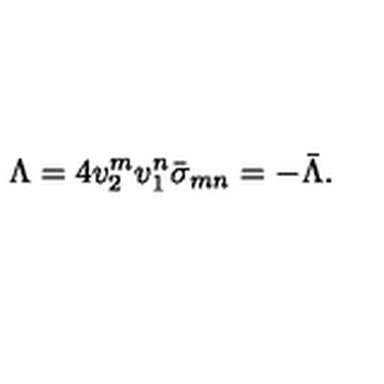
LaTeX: \Lambda = 4 v _ { 2 } ^ { m } v _ { 1 } ^ { n } \bar { \sigma } _ { m n } = - \bar { \Lambda } .